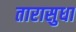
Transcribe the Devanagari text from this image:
तारासुधा